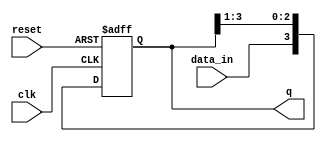
module sipo(clk, reset, data_in, q);
  input clk, reset;
  input data_in;

  output [3:0] q;

  reg [3:0] q;

  always @(negedge reset or posedge clk) begin
    if (~reset)
      q = 4'b000;
    else
      begin
        q[2:0] = q[3:1];
        q[3] = data_in;
      end
  end
endmodule